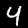
Label: 4